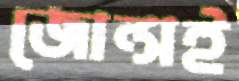
জোন্সই